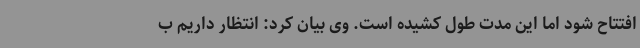
افتتاح شود اما این مدت طول کشیده است. وی بیان کرد: انتظار داریم ب